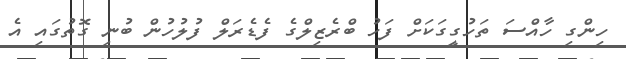
ހިންގި ހާއްސަ ތަހުގީގަކަށް ފަހު ބްރެޒިލްގެ ފެޑެރަލް ފުލުހުން ބުނި ގޮތުގައި އެ